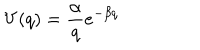
V ( q ) = \frac { \alpha } { q } e ^ { - \beta q }